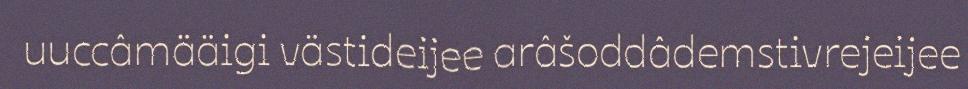
uuccâmääigi västideijee arâšoddâdemstivrejeijee